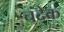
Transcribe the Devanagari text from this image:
चंदेक